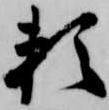
頼